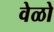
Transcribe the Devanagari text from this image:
वेळो